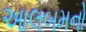
આલબમનો